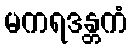
မကရဒန္တကံ